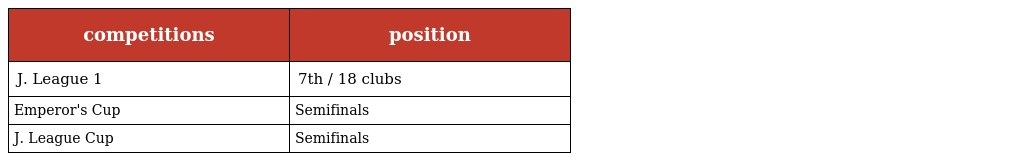
| competitions | position |
 | --- | --- |
 | J. League 1 | 7th / 18 clubs |
 | Emperor's Cup | Semifinals |
 | J. League Cup | Semifinals |